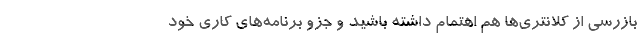
بازرسی از کلانتری‌ها هم اهتمام داشته باشید و جزو برنامه‌های کاری خود